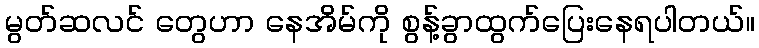
မွတ်ဆလင် တွေဟာ နေအိမ်ကို စွန့်ခွာထွက်ပြေးနေရပါတယ်။